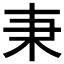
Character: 𣏃